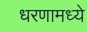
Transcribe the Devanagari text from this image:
धरणामध्ये